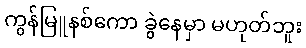
ကွန်မြူနစ်ကော ခွဲနေမှာ မဟုတ်ဘူး